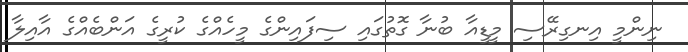
ނިންމީ އިނގިރޭސި މީޑީއާ ބުނާ ގޮތުގައި ސިފައިންގެ މީހެއްގެ ކުރީގެ އަންބެއްގެ އާއިލާ